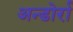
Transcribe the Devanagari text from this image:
अन्डोर्रा